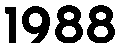
1988